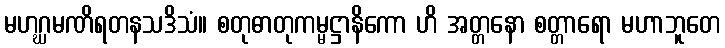
မဟဂ္ဃမဏိရတနသဒိသံ။ စတုဓာတုကမ္မဋ္ဌာနိကော ဟိ အတ္တနော စတ္တာရော မဟာဘူတေ